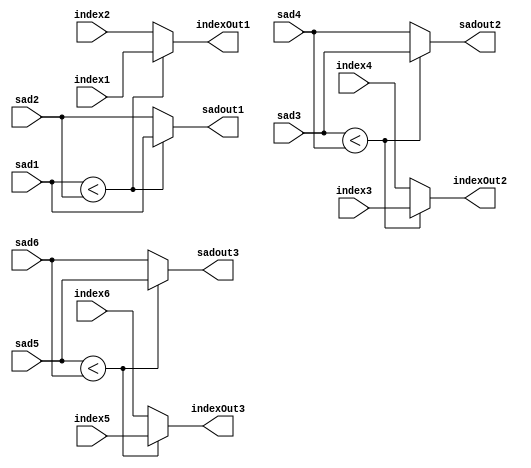
`timescale 1ns / 1ps
//////////////////////////////////////////////////////////////////////////////////
// Company: 
// Engineer: 
// 
// Design Name: 
// Module Name: SADCompare
// Project Name: 
// Target Devices: 
// Tool Versions: 
// Description: 
// 
// Dependencies: 
// 
// Revision:
// Revision 0.01 - File Created
// Additional Comments:
// 
//////////////////////////////////////////////////////////////////////////////////


module SADCompare6x3(sad1, sad2, sad3, sad4, sad5, sad6, index1, index2, index3, index4, index5, index6,
    sadout1, sadout2, sadout3, indexOut1, indexOut2, indexOut3);

    input [31:0] sad1, sad2, sad3, sad4, sad5, sad6, index1, index2, index3, index4, index5, index6;

    
    reg [31:0]indexout;
    reg [6:0] i;
    reg signed [31:0] indextemp, indexCoorCalc;
    output reg [31:0] sadout1, sadout2, sadout3, indexOut1, indexOut2, indexOut3;
   
  
    
    
    always @ (sad1, sad2, sad3, sad4, sad5, sad6) begin
    

        if (sad1 < sad2)begin
            sadout1 <= sad1; 
            indexOut1 <= index1;
        end
        else begin
            sadout1 <= sad2;
            indexOut1 <= index2;
        end
        
        if (sad3 < sad4)begin
            sadout2 <= sad3;
            indexOut2 <= index3;
        end
        else begin
            sadout2 <= sad4;
            indexOut2 <= index4;
        end
        
        if (sad5 < sad6)begin
            sadout3 <= sad5;
            indexOut3 <= index5;
        end
        else begin
            sadout3 <= sad6;
            indexOut3 <= index6;
        end
        
        
    end


endmodule